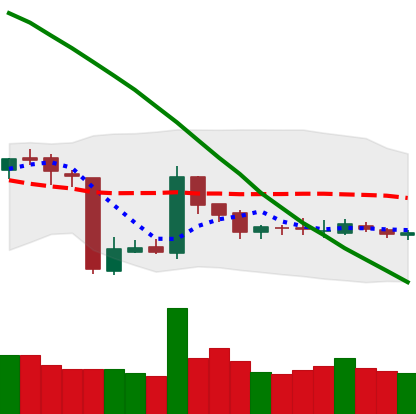
Ticker: BNB-USD
Chart end date: 2018-10-26
Forward return: -3.481%
Label: down_3_5